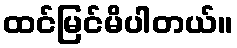
ထင်မြင်မိပါတယ်။